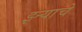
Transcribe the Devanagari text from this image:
झ्ऱ्याचे